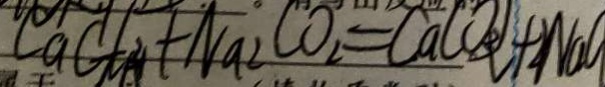
C a C l _ { 2 } + N a _ { 2 } C O _ { 2 } = C a C O _ { 3 } + N a C l